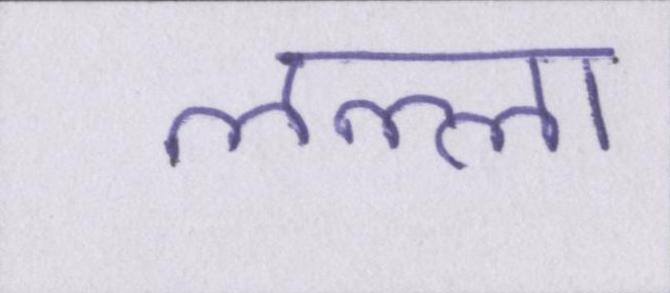
लल्ला